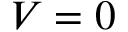
V = 0